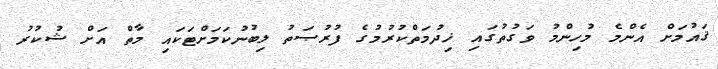
ޤައުމަށް އެންމެ މުހިންމު ވަގުތުގައި ޚިދުމަތްކުރުމުގެ ފުރުޞަތު ލިބުނުކަމަށްޓަކައި މާތް އަށް ޝުކުރު